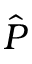
\hat { P }